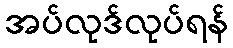
အပ်လုဒ်လုပ်ရန်